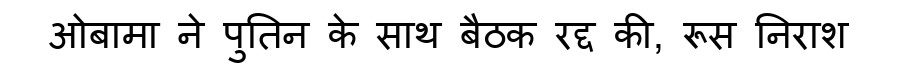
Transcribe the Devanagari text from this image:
ओबामा ने पुतिन के साथ बैठक रद्द की, रूस निराश